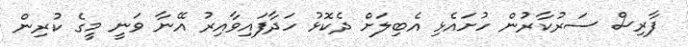
ފާރިސް ސަރުކާރުން ހުށައެޅި އެބިލަށް ދެކޮޅު ހަދާފައިވާއިރު އޭނާ ވަނީ މީގެ ކުރިން